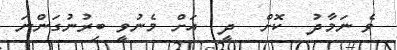
ވެ ނަމާދު  ކޮށް  ދީ  އަށް މެނުވީ ބިރުނުގަންނަ